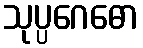
သုပ္ပဂေဓော